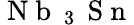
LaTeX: \mathrm{~N~b~}_{\mathrm{~3~}}\mathrm{~S~n~}